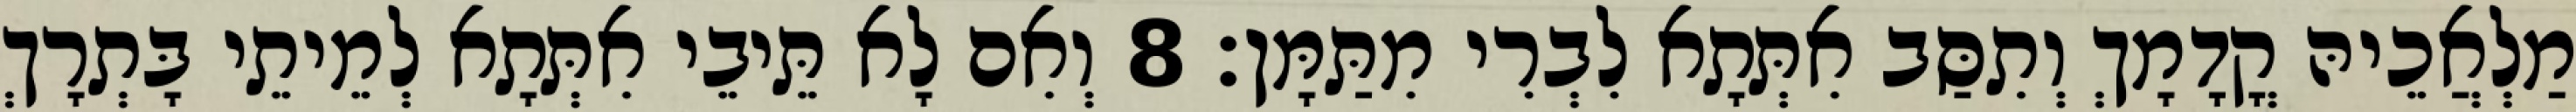
מַלְאֲכֵיהּ קֳדָמָךְ וְתִסַּב אִתְּתָא לִבְרִי מִתַּמָּן׃ 8 וְאִם לָא תֵּיבֵי אִתְּתָא לְמֵיתֵי בָּתְרָךְ